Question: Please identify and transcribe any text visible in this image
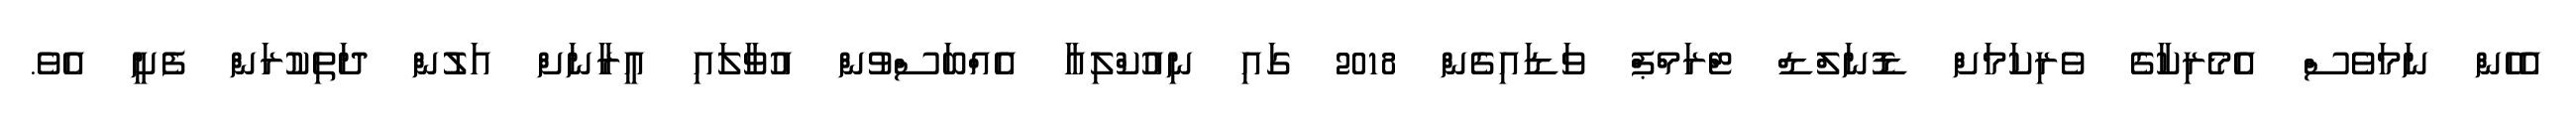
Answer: އެހެން ނަމަވެސް އެމެރިކާގެ ވެރިކަމަށް ޑޮނަލްޑް ޓްރަމްޕް ވަޑައިގެން 2018 ގައި ނިއުކްލިއާ އެއްބަސްވުން އުވާލައި އީރާނަށް އަލުން ދަތިކުރަން ފެށީ އެވެ.